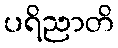
ပရိညာတိ